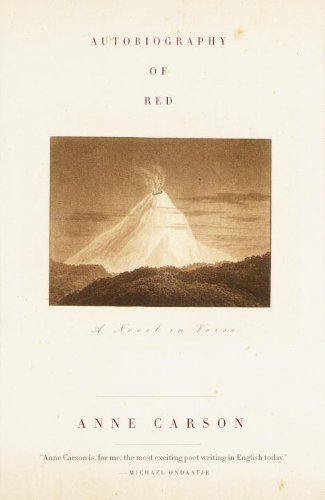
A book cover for Autobiography of Red; Anne Carson; Literature & Fiction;